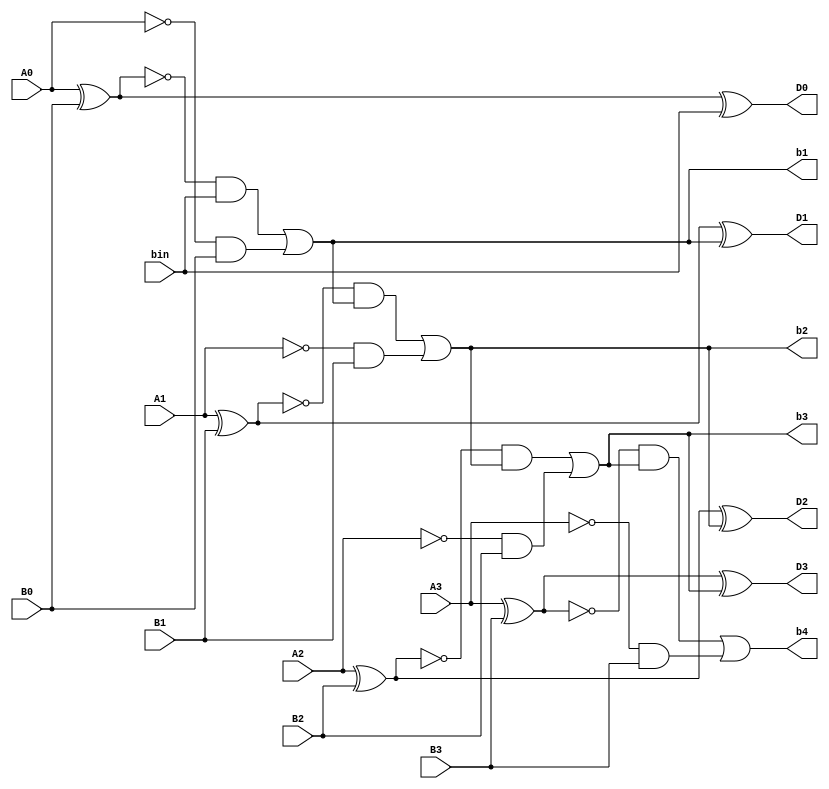
`timescale 1ns / 1ps

module BPS(
    input bin,
    
    input A0,
    input A1,
    input A2,
    input A3,

    input B0,
    input B1,
    input B2,
    input B3,

    output b1,
    output b2,
    output b3,
    output b4,

    output D0,
    output D1,
    output D2,
    output D3
    );

assign D0 = (A0^B0)^bin;
assign b1 = ((~(A0^B0))&bin) | ((~A0)&B0);

assign D1 = (A1^B1)^b1;
assign b2 = ((~(A1^B1))&b1) | ((~A1)&B1);

assign D2 = (A2^B2)^b2;
assign b3 = ((~(A2^B2))&b2) | ((~A2)&B2);

assign D3 = (A3^B3)^b3;
assign b4 = ((~(A3^B3))&b3) | ((~A3)&B3);


endmodule